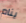
ينام